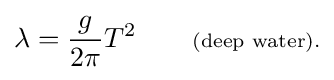
\lambda ={\frac {g}{2\pi }}T^{2}\qquad \scriptstyle {\text{(deep water).}}